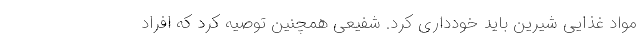
مواد غذایی شیرین باید خودداری کرد. شفیعی همچنین توصیه کرد که افراد